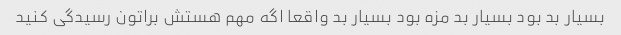
بسیار بد بود بسیار بد مزه بود بسیار بد واقعا اگه مهم هستش براتون رسیدگی کنید